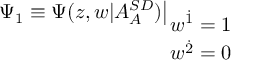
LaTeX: \Psi _ { 1 } \equiv \Psi ( z , w | A _ { A } ^ { { \cal S D } } ) \big | _ { \displaystyle { w ^ { { \dot { 1 } } } = 1 \atop w ^ { { \dot { 2 } } } = 0 } }